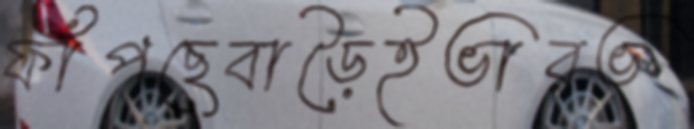
ফাঁপছেবাড়ৈইভারভ